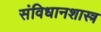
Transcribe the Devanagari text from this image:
संविधानशास्त्र